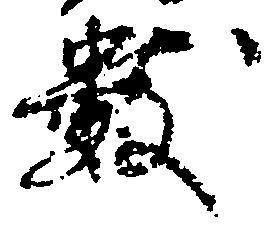
数